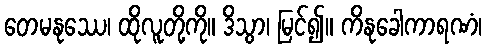
တေမနုဿေ၊ ထိုလူတို့ကို။ ဒိသွာ၊ မြင်၍။ ကိနုခေါကာရဏံ၊